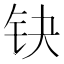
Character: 𰽤